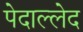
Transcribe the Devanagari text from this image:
पेदाल्लेद